system: You are a helpful assistant.
user:
Analyze the provided spectrum to determine if it is a **"Cataclysmic Variables (CV)"**.

- **Key Indicators for CV (Check for either state):**
    - **State 1: Quiescent / Low-State (Emission-Dominated)**
        - **(Primary):** Strong and *very broad* Hydrogen Balmer emission lines (e.g., $H\alpha$ at 6563 Å, $H\beta$ at 4861 Å). The 'broadness' (high velocity dispersion, often FWHM > 1000 km/s) is the key diagnostic, indicating a high-velocity accretion disk.
        - **(Secondary):** Broad neutral Helium (He I) emission lines (e.g., 5876 Å, 6678 Å).
        - **(Key Confirmation):** Presence of high-excitation *ionized* Helium (He II) emission at 4686 Å. This is a strong indicator of accretion onto a white dwarf.
        - **(Line Profile):** Emission lines may exhibit a 'double-peaked' profile, which is a classic signature of a rotating accretion disk viewed at high inclination.

    - **State 2: Outburst / High-State (Absorption-Dominated)**
        - **(Primary):** Spectrum is dominated by a bright, blue continuum (looks like a hot star).
        - **(Secondary):** The emission lines from State 1 are weak, absent, or 'filled in', and are replaced by broad, shallow *absorption* lines (primarily Balmer and He I).
        - **(Morphology):** The overall spectrum mimics a hot B/A-type star. The crucial difference is that the absorption lines are significantly broader, shallower, and more 'washed-out' (or 'smeared') than the sharp lines of a normal stellar photosphere, due to high rotational speeds and pressure broadening in the disk.

Think first, call **spectral_visualization_tool** if needed to examine features in detail, then provide your final answer. Your response must adhere to the following strict rules:
1.  **Overall Structure:** Your response must follow the format `<think>...</think> <tool_call>...</tool_call> (if a tool is used) <answer>...</answer>`.
2.  **Tool Usage Constraint:** You may only make **one** tool call per turn.
3.  **Final Answer Format:** In the `<answer>` tag, your conclusion must be inside a `\boxed{}` command (e.g., `\boxed{YES}`), followed by your justification.

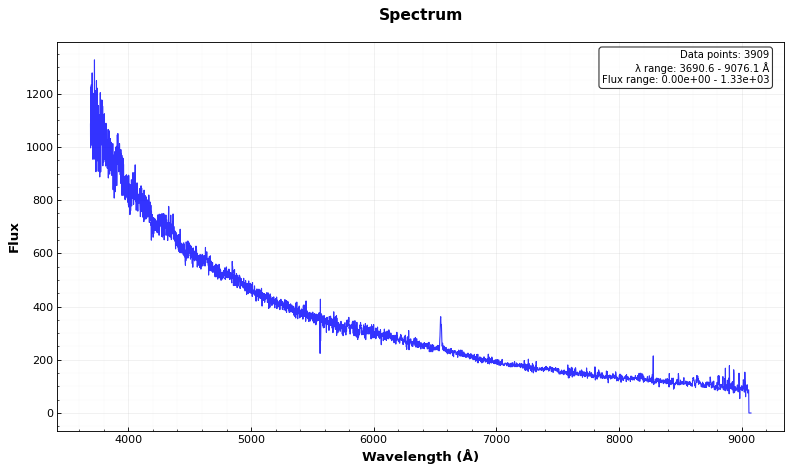
Answer: YES